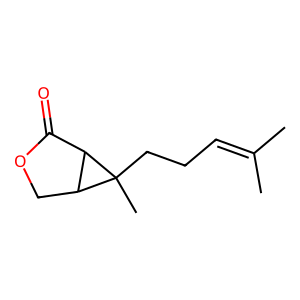
SMILES: CC(C)=CCCC1(C)C2COC(=O)C21
Inhibits HIV replication: No